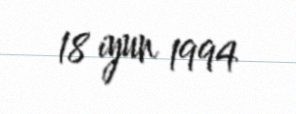
18 iyun 1994